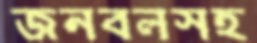
জনবলসহ